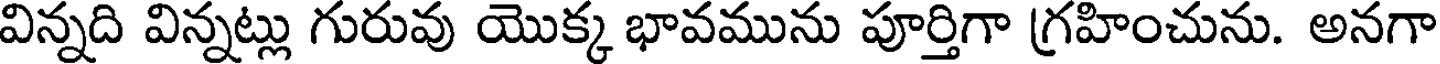
విన్నది విన్నట్లు గురువు యొక్క భావమును పూర్తిగా గ్రహించును. అనగా